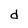
Character: d